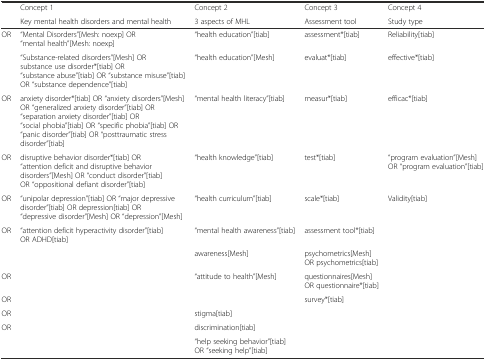
<table><thead><tr><td rowspan="2"></td><td><b>Concept 1</b></td><td><b>Concept 2</b></td><td><b>Concept 3</b></td><td><b>Concept 4</b></td></tr><tr><td><b>Key mental health disorders and mental health</b></td><td><b>3 aspects of MHL</b></td><td><b>Assessment tool</b></td><td><b>Study type</b></td></tr></thead><tbody><tr><td>OR</td><td>“Mental Disorders”[Mesh: noexp] OR “mental health”[Mesh: noexp]</td><td>“health education”[tiab]</td><td>assessment*[tiab]</td><td>Reliability[tiab]</td></tr><tr><td></td><td>“Substance-related disorders”[Mesh] OR substance use disorder*[tiab] OR “substance abuse”[tiab] OR “substance misuse”[tiab] OR “substance dependence”[tiab]</td><td>“health education”[Mesh]</td><td>evaluat*[tiab]</td><td>effective*[tiab]</td></tr><tr><td>OR</td><td>anxiety disorder*[tiab] OR “anxiety disorders”[Mesh] OR “generalized anxiety disorder”[tiab] OR “separation anxiety disorder”[tiab] OR “social phobia”[tiab] OR “specific phobia”[tiab] OR “panic disorder”[tiab] OR “posttraumatic stress disorder”[tiab]</td><td>“mental health literacy”[tiab]</td><td>measur*[tiab]</td><td>efficac*[tiab]</td></tr><tr><td>OR</td><td>disruptive behavior disorder*[tiab] OR “attention deficit and disruptive behavior disorders”[Mesh] OR “conduct disorder”[tiab] OR “oppositional defiant disorder”[tiab]</td><td>“health knowledge”[tiab]</td><td>test*[tiab]</td><td>“program evaluation”[Mesh] OR “program evaluation”[tiab]</td></tr><tr><td>OR</td><td>“unipolar depression”[tiab] OR “major depressive disorder”[tiab] OR depression[tiab] OR “depressive disorder”[Mesh] OR “depression”[Mesh]</td><td>“health curriculum”[tiab]</td><td>scale*[tiab]</td><td>Validity[tiab]</td></tr><tr><td>OR</td><td>“attention deficit hyperactivity disorder”[tiab] OR ADHD[tiab]</td><td>“mental health awareness”[tiab]</td><td>assessment tool*[tiab]</td><td></td></tr><tr><td></td><td></td><td>awareness[Mesh]</td><td>psychometrics[Mesh] OR psychometrics[tiab]</td><td></td></tr><tr><td>OR</td><td></td><td>“attitude to health”[Mesh]</td><td>questionnaires[Mesh] OR questionnaire*[tiab]</td><td></td></tr><tr><td>OR</td><td></td><td></td><td>survey*[tiab]</td><td></td></tr><tr><td>OR</td><td></td><td>stigma[tiab]</td><td></td><td></td></tr><tr><td>OR</td><td></td><td>discrimination[tiab]</td><td></td><td></td></tr><tr><td></td><td></td><td>“help seeking behavior”[tiab] OR “seeking help”[tiab]</td><td></td><td></td></tr></tbody></table>